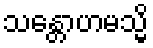
သန္တောဟမသ္မိ